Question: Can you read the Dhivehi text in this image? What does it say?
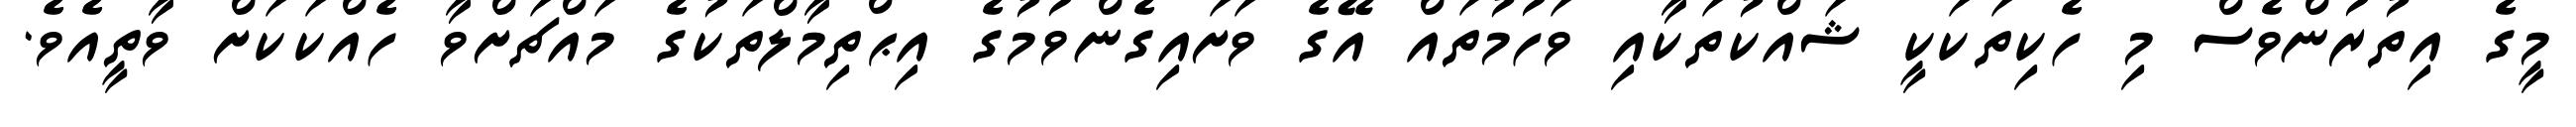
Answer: މީގެ އިތުރުންވެސް މި ހެކިތަކަކީ ޝައްކުތަކާއި ވަހުމުތައް އޭގެ ވަށައިގެންވުމުގެ އިޙްތިމާލްތަކުގެ މައްޗަށްވާ ހެއްކަކަށް ވާތީއެވެ.